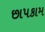
છાપકામ